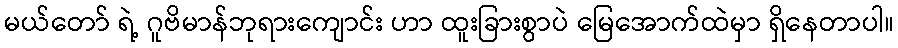
မယ်တော် ရဲ့ ဂူဗိမာန်ဘုရားကျောင်း ဟာ ထူးခြားစွာပဲ မြေအောက်ထဲမှာ ရှိနေတာပါ။